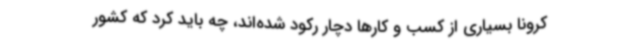
کرونا بسیاری از کسب و کارها دچار رکود شده‌اند، چه باید کرد که کشور